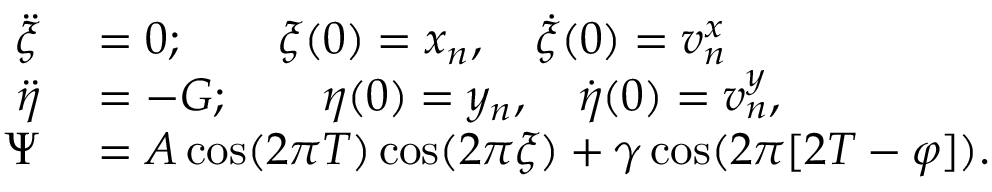
\begin{array} { r l } { \ddot { \xi } } & { { } = 0 ; \qquad \xi ( 0 ) = x _ { n } , \quad \dot { \xi } ( 0 ) = v _ { n } ^ { x } } \\ { \ddot { \eta } } & { { } = - G ; \qquad \eta ( 0 ) = y _ { n } , \quad \dot { \eta } ( 0 ) = v _ { n } ^ { y } , } \\ { \Psi } & { { } = A \cos ( 2 \pi T ) \cos ( 2 \pi \xi ) + \gamma \cos ( 2 \pi [ 2 T - \varphi ] ) . } \end{array}